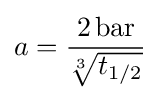
a={\frac {2\,{\text{bar}}}{\sqrt[{3}]{t_{1/2}}}}